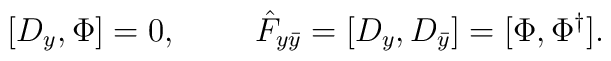
[D_y,\Phi]=0,~~~~~~~\hat F_{y\bar y}=[D_y,D_{\bar y}]=[\Phi,\Phi^\dagger].